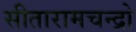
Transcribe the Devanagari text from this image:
सीतारामचन्द्रो